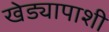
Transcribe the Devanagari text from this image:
खेड्यापाशी